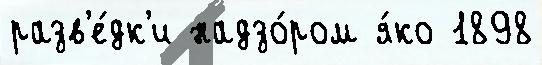
разв'е́дк'и надзо́ром я́ко 1898